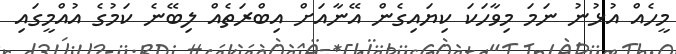
މީހެއް އުޅުނު ނަމަ މިވާހަކަ ކިޔައިގެން އޭނާއަށް އިބްރަތެއް ލިބޭނެ ކަމުގެ އުއްމީގައި